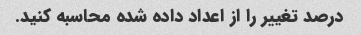
درصد تغییر را از اعداد داده شده محاسبه کنید.